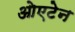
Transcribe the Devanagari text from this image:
ओएटेन